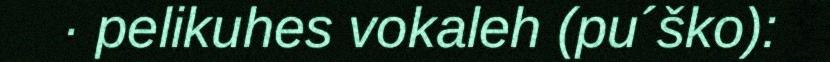
· pelikuhes vokaleh (pu´ško):